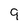
Character: 9